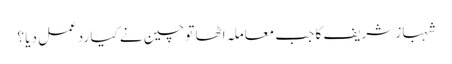
شہباز شریف کا جب معاملہ اٹھا تو چین نے کیا ردعمل دیا ؟